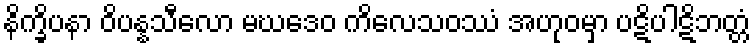
နိက္ခိပနာ ဝိပန္နသီလော မဃဒေဝ ကိလေသဝဿံ အဟုဝမှာ ပဋိပါဋိဘတ္တံ